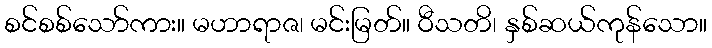
စင်စစ်သော်ကား။ မဟာရာဇ၊ မင်းမြတ်။ ဝီသတိ၊ နှစ်ဆယ်ကုန်သော။